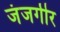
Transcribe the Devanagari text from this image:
जंजगीर